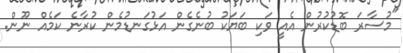
"މުސާރަ ބޮޑުކުރުން އެއީ ވަކި ބަޔަކު ބުނެގެން އަޅުގަނޑުމެން ކުރާނެ ކަމެއް ނޫން.